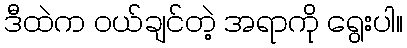
ဒီထဲက ဝယ်ချင်တဲ့ အရာကို ရွေးပါ။